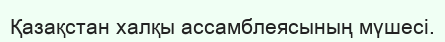
Қазақстан халқы ассамблеясының мүшесі.